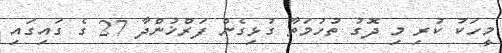
މީހަކު ކުރި މި ދޮގު ތުހުމަތާ ގުޅިގެން ފަރްޚުންދާ 27 ގެ ގައިގައި